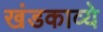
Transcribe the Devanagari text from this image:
खंडकाव्ये